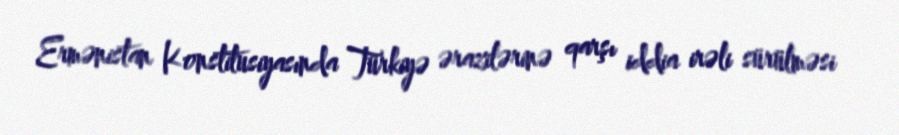
Ermənistan Konstitusiyasında Türkiyə ərazilərinə qarşı iddia irəli sürülməsi